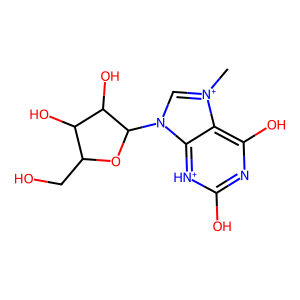
SMILES: C[n+]1cn(C2OC(CO)C(O)C2O)c2[nH+]c(O)nc(O)c21
Inhibits HIV replication: No